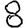
Digit: 8